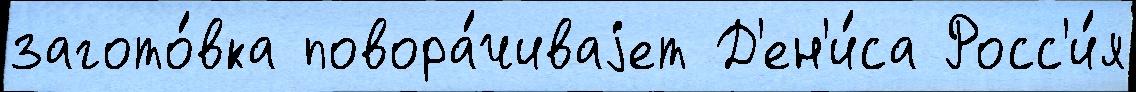
загото́вка повора́чиваjет Д'ен'и́са Росс'и́я